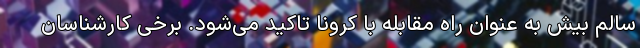
سالم بیش به‌ عنوان راه مقابله با کرونا تاکید می‌شود. برخی کارشناسان